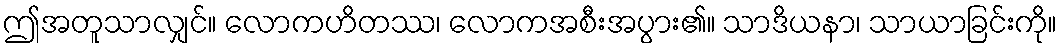
ဤအတူသာလျှင်။ လောကဟိတဿ၊ လောကအစီးအပွား၏။ သာဒိယနာ၊ သာယာခြင်းကို။